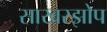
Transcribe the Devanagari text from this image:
साखरझोप